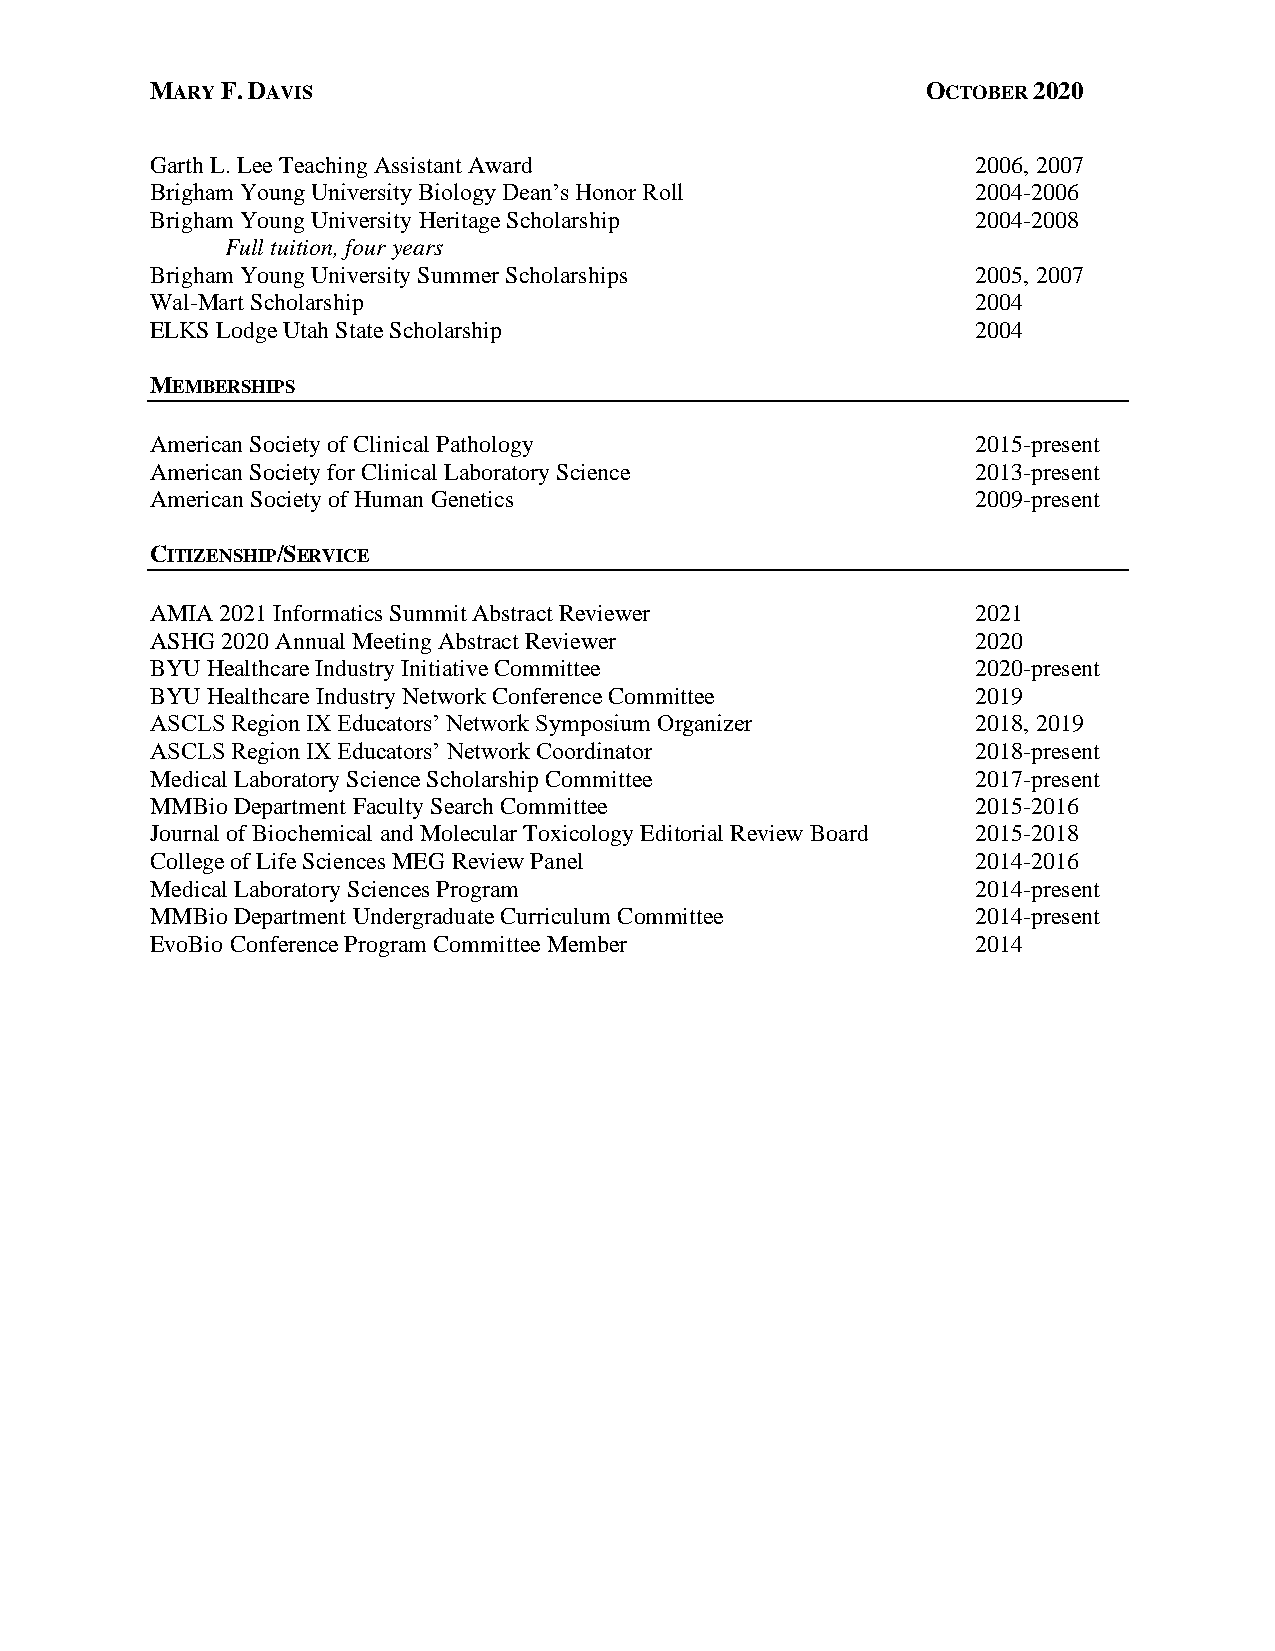
MARY F. DAVIS                                      OCTOBER 2020
 Garth L. Lee Teaching Assistant Award                  2006, 2007
 Brigham Young University Biology Dean’s Honor Roll     2004-2006
 Brigham Young University Heritage Scholarship          2004-2008
 Full tuition, four years
 Brigham Young University Summer Scholarships           2005, 2007
 Wal-Mart Scholarship                                   2004
 ELKS Lodge Utah State Scholarship                      2004
 MEMBERSHIPS
 American Society of Clinical Pathology                 2015-present
 American Society for Clinical Laboratory Science       2013-present
 American Society of Human Genetics                     2009-present
 CITIZENSHIP/SERVICE
 AMIA 2021 Informatics Summit Abstract Reviewer         2021
 ASHG 2020 Annual Meeting Abstract Reviewer             2020
 BYU Healthcare Industry Initiative Committee           2020-present
 BYU Healthcare Industry Network Conference Committee   2019
 ASCLS Region IX Educators’ Network Symposium Organizer 2018, 2019
 ASCLS Region IX Educators’ Network Coordinator         2018-present
 Medical Laboratory Science Scholarship Committee       2017-present
 MMBio Department Faculty Search Committee              2015-2016
 Journal of Biochemical and Molecular Toxicology Editorial Review Board 2015-2018
 College of Life Sciences MEG Review Panel              2014-2016
 Medical Laboratory Sciences Program                    2014-present
 MMBio Department Undergraduate Curriculum Committee    2014-present
 EvoBio Conference Program Committee Member             2014